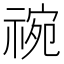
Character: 𬓅